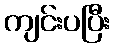
ကျင်းပပြီး